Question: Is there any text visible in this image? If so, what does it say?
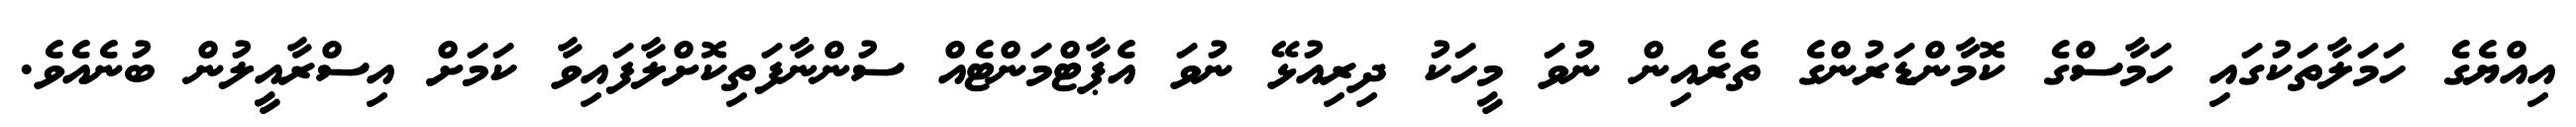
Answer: އިއްޔެގެ ހަމަލާތަކުގައި ހަމާސްގެ ކޮމާންޑަރުންގެ ތެރެއިން ނުވަ މީހަކު ދިރިއުޅޭ ނުވަ އެޕާޓްމަންޓެއް ސުންނާފަތިކޮށްލާފައިވާ ކަމަށް އިސްރާއީލުން ބުނެއެވެ.